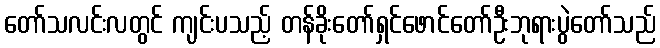
တော်သလင်းလတွင် ကျင်းပသည့် တန်ခိုးတော်ရှင်ဖောင်တော်ဦးဘုရားပွဲတော်သည်